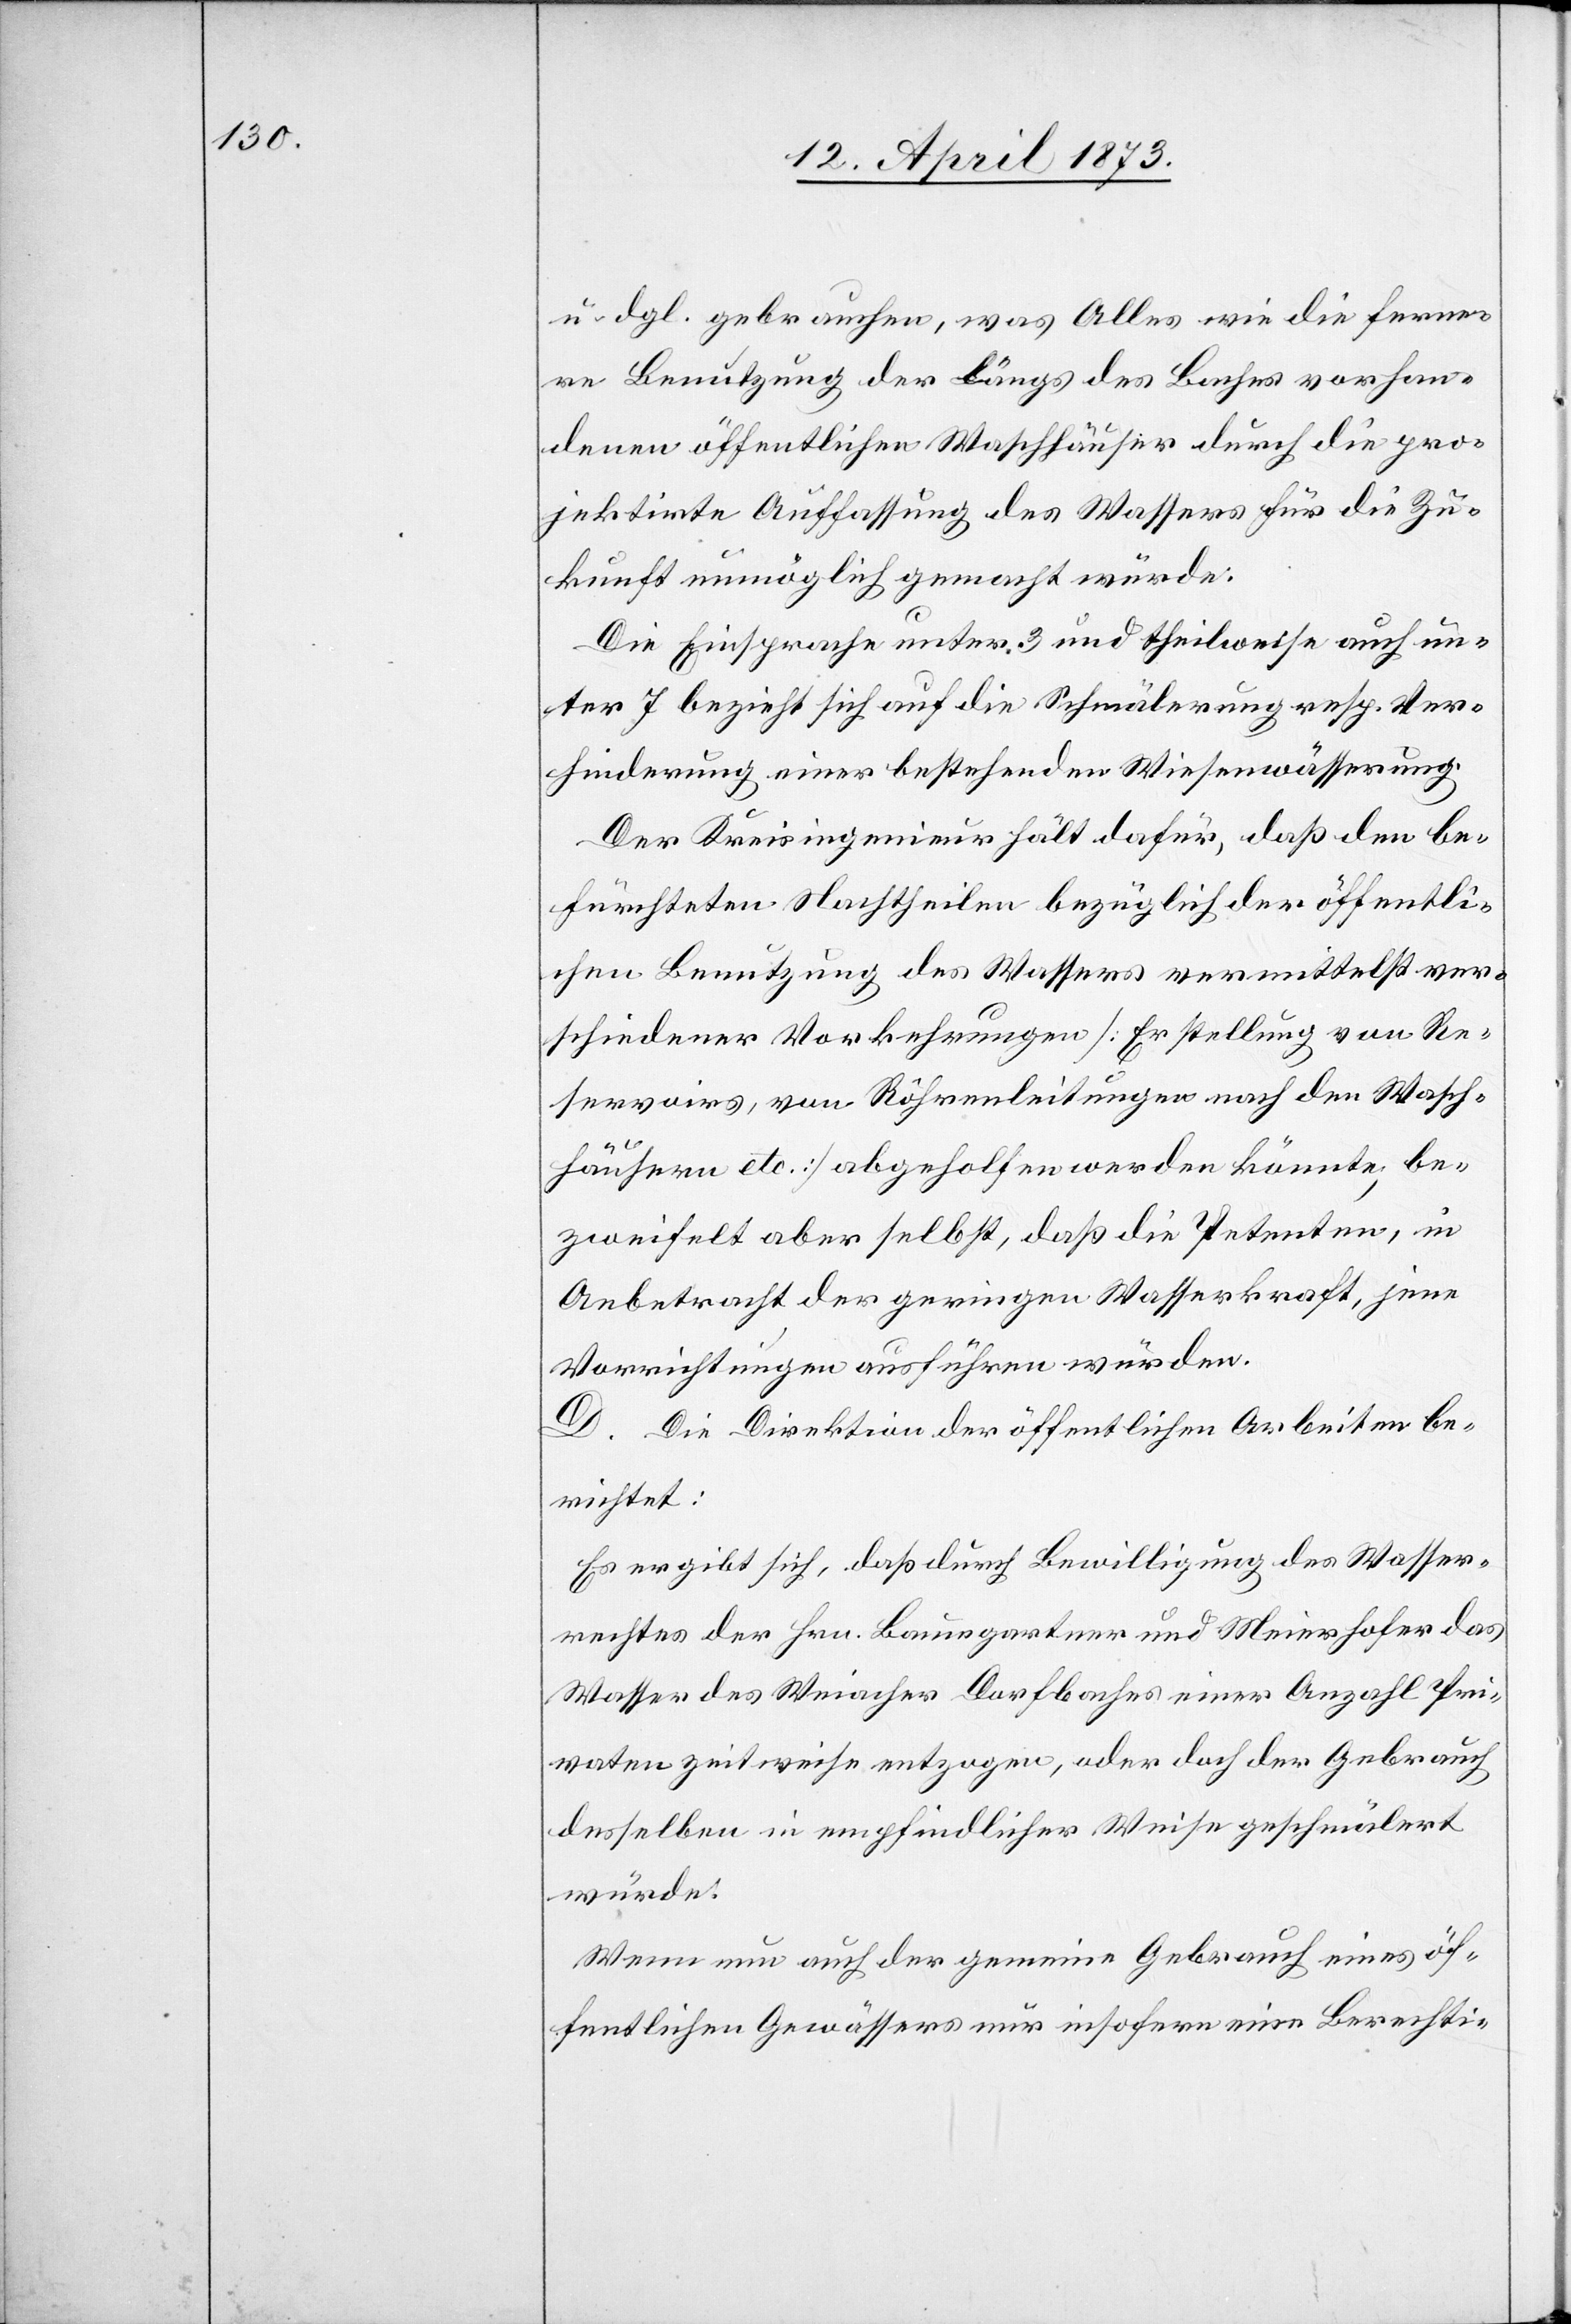
u. dgl. gebrauchen, was Alles wie die ferne¬
re Benutzung der längs des Baches vorhan¬
denen öffentlichen Waschhäuser durch die pro¬
jektirte Auffassung des Wassers für die Zu¬
kunft unmöglich gemacht würde.
Die Einsprache unter 3 und theilweise auch un¬
ter 7 bezieht sich auf die Schmälerung resp. Ver¬
hinderung einer bestehenden Wiesenwässerung.
Der Kreisingenieur hält dafür, daß den be¬
fürchteten Nachtheilen bezüglich der öffentli¬
chen Benutzung des Wassers vermittelst ver¬
schiedener Vorkehrungen [Erstellung von Re¬
servoirs, von Rohrenleitungen nach den Wasch¬
häusern etc.] abgeholfen werden könnte, be¬
zweifelt aber selbst, daß die Petenten, in
Anbetracht der geringen Wasserkraft, jene
Vorrichtungen ausführen würden.
D. Die Direktion der öffentlichen Arbeiten be¬
richtet:
Es ergibt sich, daß durch Bewilligung des Wasser¬
rechtes der Hrn. Baumgartner und Meierhofer das
Wasser des Weiacher Dorfbaches einer Anzahl Pri¬
vaten zeitweise entzogen, oder doch der Gebrauch
desselben in empfindlicher Weise geschmälert
würde.
Wenn nun auch der gemeine Gebrauch eines öf¬
fentlichen Gewässers nur insofern eine Berechti-